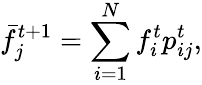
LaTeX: \bar{f}_{j}^{t+1}=\sum_{i=1}^{N}f_{i}^{t}{p}_{ij}^{t},